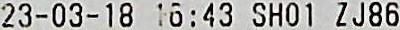
23-03-18 16:43 SHO1 ZJ86